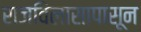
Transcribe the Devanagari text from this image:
राजविलासापासून